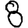
Digit: 8